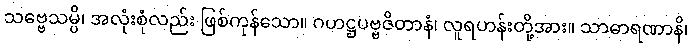
သဗ္ဗေသမ္ပိ၊ အလုံးစုံလည်း ဖြစ်ကုန်သော။ ဂဟဋ္ဌပဗ္ဗဇိတာနံ၊ လူရဟန်းတို့အား။ သာဓာရဏာနိ၊